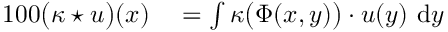
\begin{array} { r l } { { 1 0 0 } \bigl ( \kappa \star u \bigr ) ( x ) } & { { } = \int \kappa \bigl ( \Phi ( x , y ) \bigr ) \cdot u ( y ) \ \mathrm d y } \end{array}